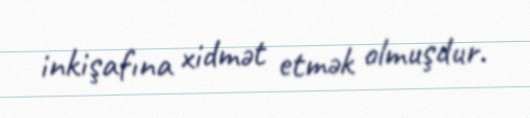
inkişafına xidmət etmək olmuşdur.